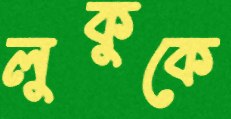
লুকুকে